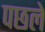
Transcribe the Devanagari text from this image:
पछले